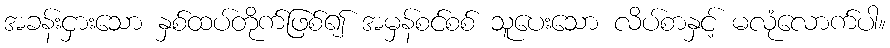
အခန်းငှားသော နှစ်ထပ်တိုက်ဖြစ်၍ အမှန်စင်စစ် သူပေးသော လိပ်စာနှင့် မလုံလောက်ပါ။